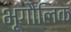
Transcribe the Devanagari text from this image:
भूगौलिक